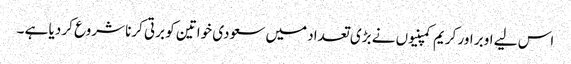
اس لیے اوبر اور کریم کمپنیوں نے بڑی تعداد میں سعودی خواتین کو برتی کرنا شروع کر دیا ہے ۔